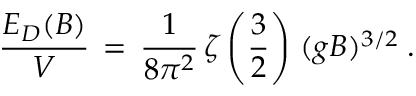
\frac { E _ { D } ( B ) } { V } \, = \, \frac { 1 } { 8 \pi ^ { 2 } } \, \zeta \left( \frac { 3 } { 2 } \right) \, ( g B ) ^ { 3 / 2 } \; .